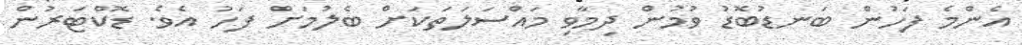
އެންމެ ފަހުން ބަނޑުބޮޑު ވުމުން ދިމާވި މައްސަލަތަކަށް ބެލުމަށް ފަހު އެވެ. ޑޮކްޓަރުން